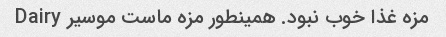
مزه غذا خوب نبود. همینطور مزه ماست موسیر Dairy